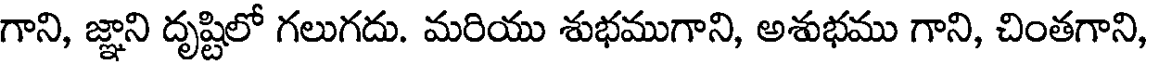
గాని, జ్ఞాని దృష్టిలో గలుగదు. మరియు శుభముగాని, అశుభము గాని, చింతగాని,